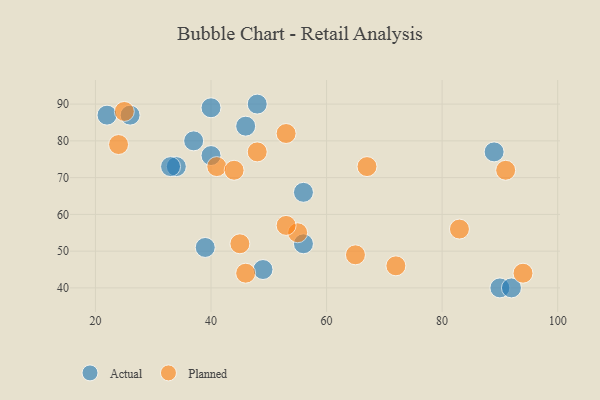
{"axis": {"x": "GDP", "y": "Life Expectancy"}, "legend": ["Actual", "Planned"], "data": [{"x": "22", "y": 87, "type": "Actual"}, {"x": "39", "y": 51, "type": "Actual"}, {"x": "37", "y": 80, "type": "Actual"}, {"x": "49", "y": 45, "type": "Actual"}, {"x": "90", "y": 40, "type": "Actual"}, {"x": "40", "y": 76, "type": "Actual"}, {"x": "40", "y": 89, "type": "Actual"}, {"x": "89", "y": 77, "type": "Actual"}, {"x": "48", "y": 90, "type": "Actual"}, {"x": "34", "y": 73, "type": "Actual"}, {"x": "56", "y": 66, "type": "Actual"}, {"x": "46", "y": 84, "type": "Actual"}, {"x": "26", "y": 87, "type": "Actual"}, {"x": "33", "y": 73, "type": "Actual"}, {"x": "56", "y": 52, "type": "Actual"}, {"x": "92", "y": 40, "type": "Actual"}, {"x": "65", "y": 49, "type": "Planned"}, {"x": "91", "y": 72, "type": "Planned"}, {"x": "94", "y": 44, "type": "Planned"}, {"x": "83", "y": 56, "type": "Planned"}, {"x": "53", "y": 82, "type": "Planned"}, {"x": "41", "y": 73, "type": "Planned"}, {"x": "55", "y": 55, "type": "Planned"}, {"x": "53", "y": 57, "type": "Planned"}, {"x": "44", "y": 72, "type": "Planned"}, {"x": "45", "y": 52, "type": "Planned"}, {"x": "25", "y": 88, "type": "Planned"}, {"x": "24", "y": 79, "type": "Planned"}, {"x": "46", "y": 44, "type": "Planned"}, {"x": "48", "y": 77, "type": "Planned"}, {"x": "67", "y": 73, "type": "Planned"}, {"x": "72", "y": 46, "type": "Planned"}]}